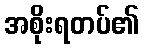
အစိုးရတပ်၏